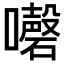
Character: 𡄇